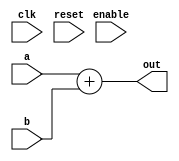
//
// Signed Adder
// Implements: out = a + b
//
// Hardik Sharma
// (hsharma@gatech.edu)

`timescale 1ns/1ps
module signed_adder #(
    parameter integer  DTYPE                        = "FXP",
    parameter          REGISTER_OUTPUT              = "FALSE",
    parameter integer  IN1_WIDTH                    = 20,
    parameter integer  IN2_WIDTH                    = 32,
    parameter integer  OUT_WIDTH                    = 32
) (
    input  wire                                         clk,
    input  wire                                         reset,
    input  wire                                         enable,
    input  wire  [ IN1_WIDTH            -1 : 0 ]        a,
    input  wire  [ IN2_WIDTH            -1 : 0 ]        b,
    output wire  [ OUT_WIDTH            -1 : 0 ]        out
  );

  generate
    if (DTYPE == "FXP") begin
      wire signed [ IN1_WIDTH-1:0] _a;
      wire signed [ IN2_WIDTH-1:0] _b;
      wire signed [ OUT_WIDTH-1:0] alu_out;
      assign _a = a;
      assign _b = b;
      assign alu_out = _a + _b;
      if (REGISTER_OUTPUT == "TRUE") begin
        reg [OUT_WIDTH-1:0] _alu_out;
        always @(posedge clk)
        begin
          if (enable)
            _alu_out <= alu_out;
        end
        assign out = _alu_out;
      end else
        assign out = alu_out;
    end
    else if (DTYPE == "FP32") begin
      fp32_add add (
        .clk                            ( clk                            ),
        .a                              ( a                              ),
        .b                              ( b                              ),
        .result                         ( out                            )
        );
    end
    else if (DTYPE == "FP16") begin
      fp_mixed_add add (
        .clk                            ( clk                            ),
        .a                              ( a                              ),
        .b                              ( b                              ),
        .result                         ( out                            )
        );
    end
  endgenerate

endmodule